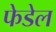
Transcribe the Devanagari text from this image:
फेडेल